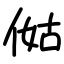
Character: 㑬